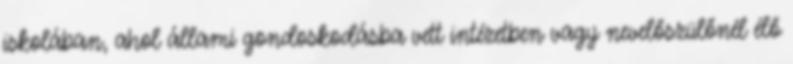
iskolában, ahol állami gondoskodásba vett intézetben vagy nevelőszülőnél élő